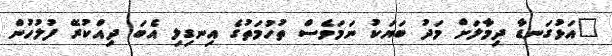
"އަޅުގަނޑާ ދިމާލަށް މަދު ބަޔަކު ނަމަވެސް ތުހުމަތުގެ އިނގިލި އެބަ ދިއްކުރޭ ފުލުހުން